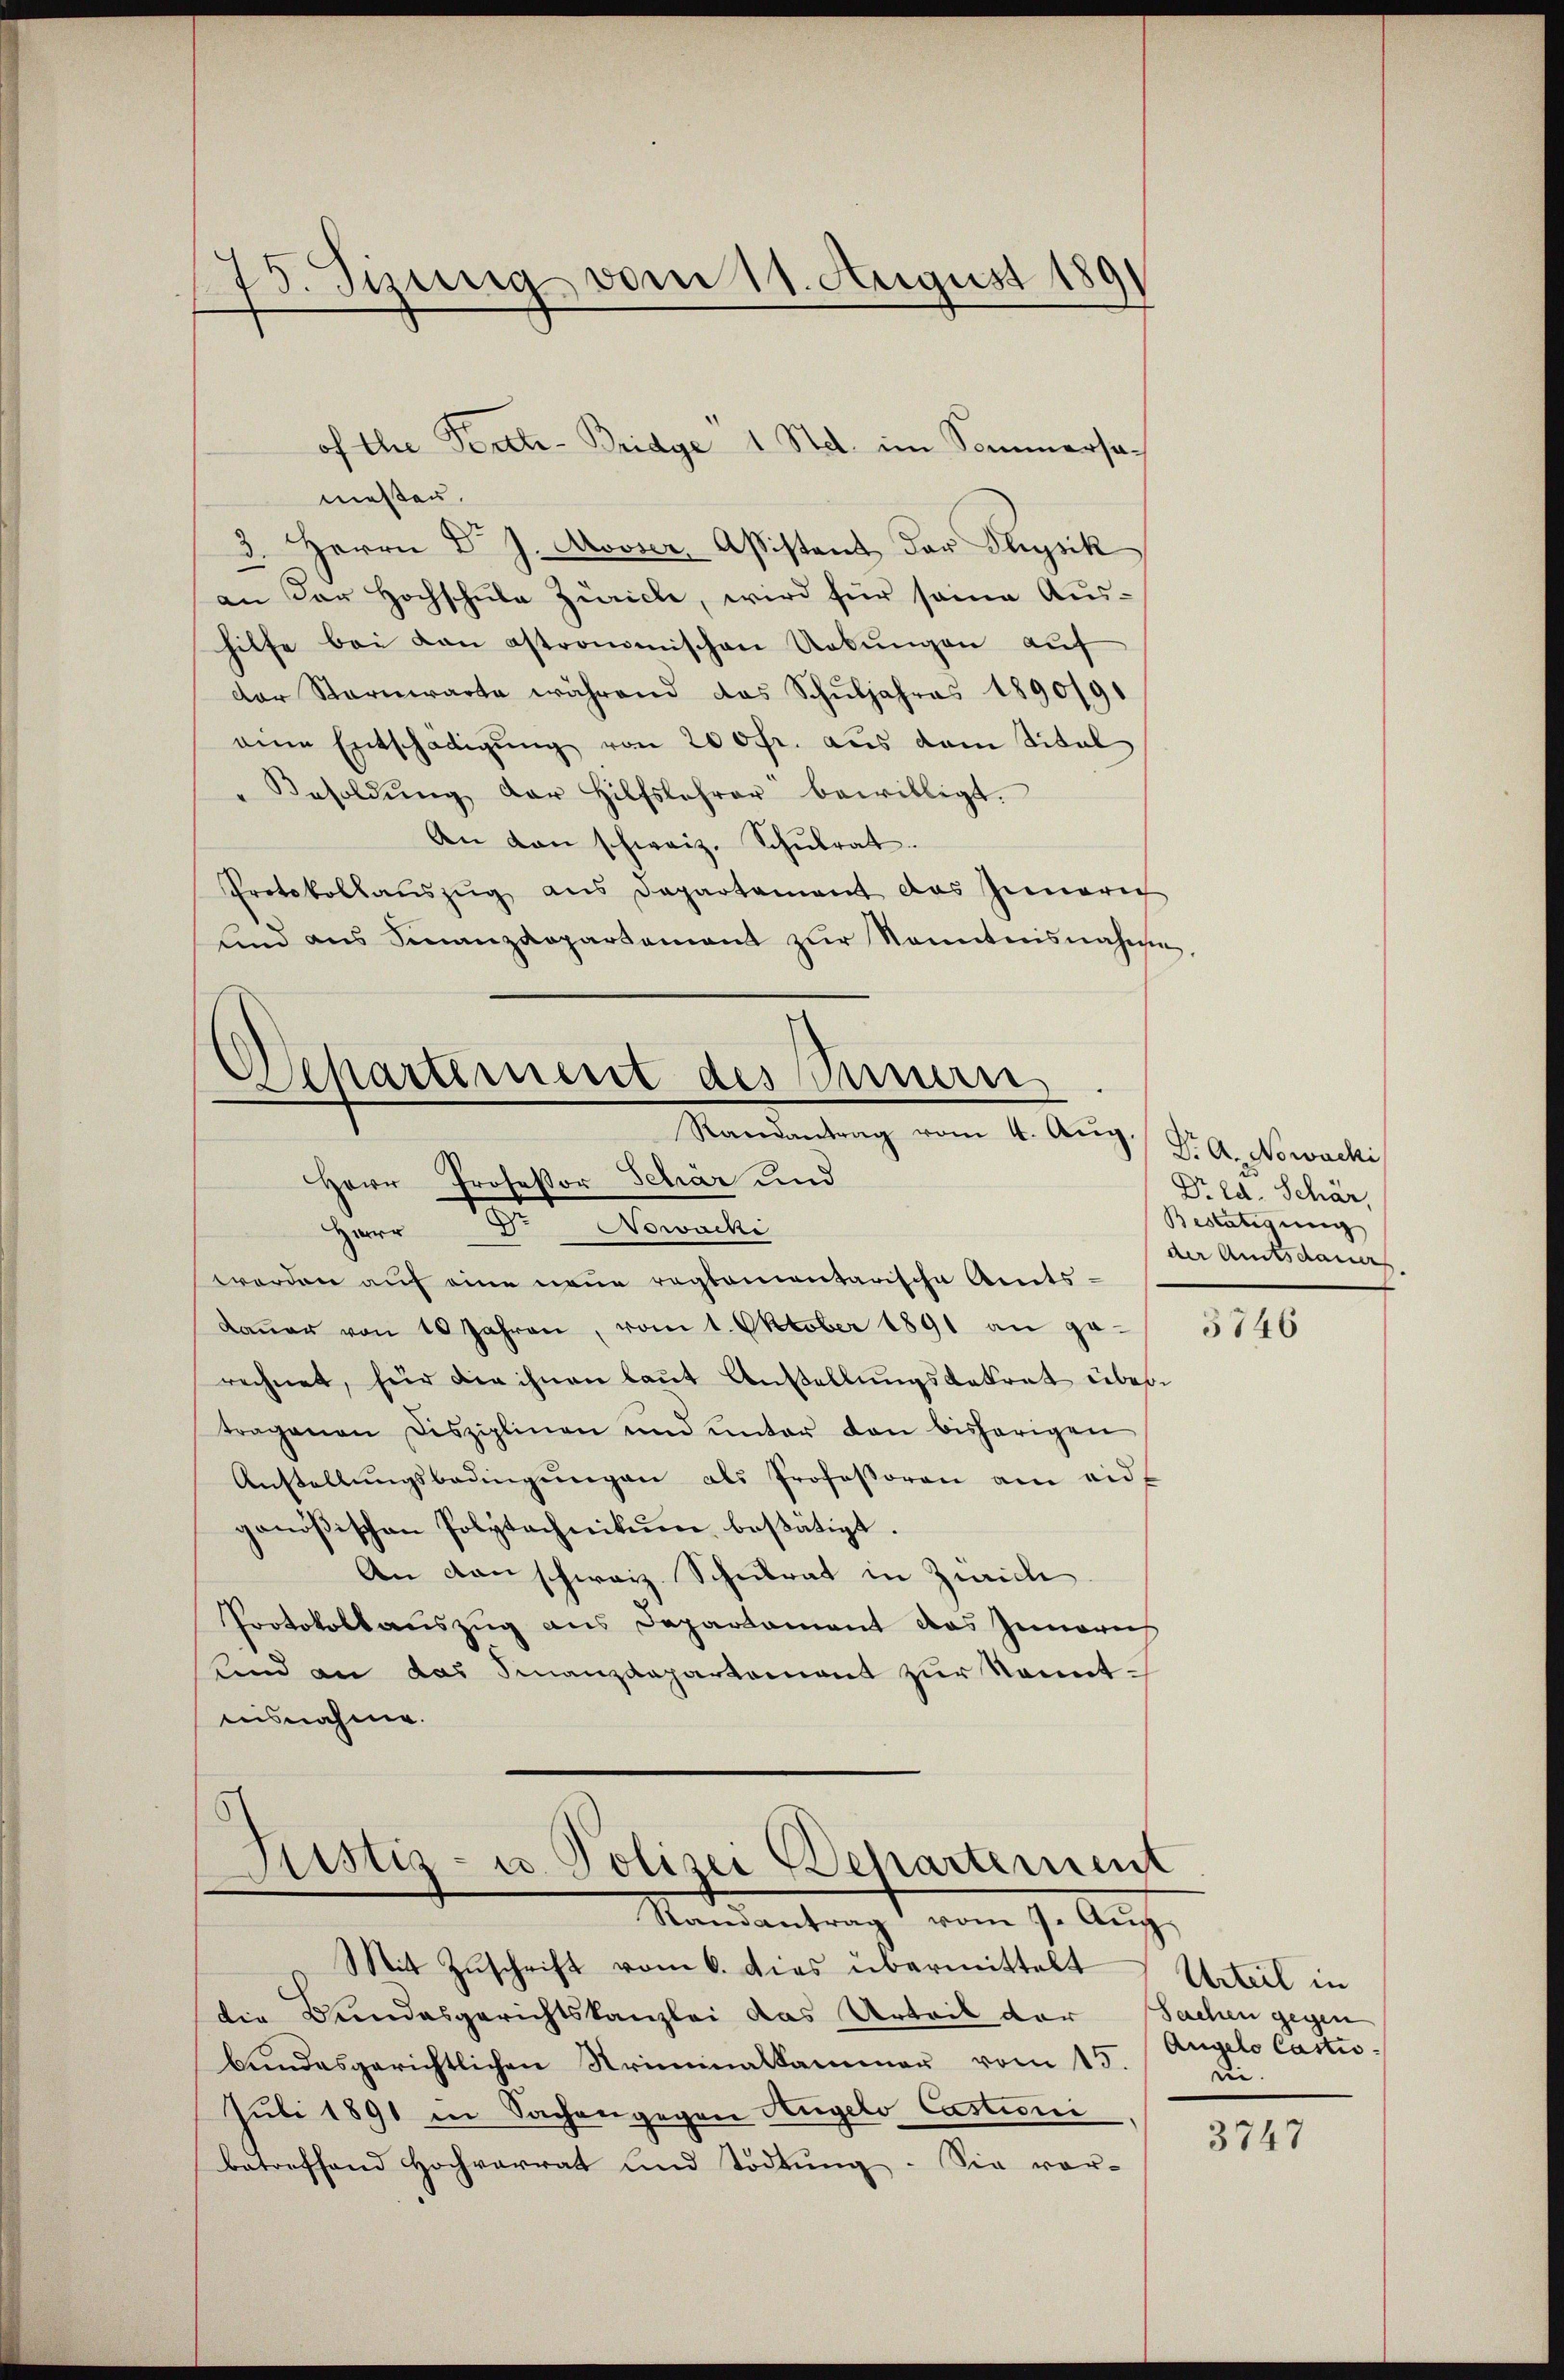
75. Jizung vom 11. August 181

messen.
3. Herrn Dr J. Mooser Aßistent der Physik
an der Hochschule Zürich, wird für seine Aushilfe bei von astronomischen Uebŭngen auf
der Sternwarte während das Schuljahres 1890191
eine Entschädigŭng von 200 fr. aus dem Titel
"Besoldŭng der Hilfslehrer bewilligt.
An den schweiz. Schŭlrat.
Protokollauszug aus Departement das Gemarich
Lind aus Finanzdepartement zur Kenntnisnahmen,

of the Pertti-Bridge 1 Stdt. im Sommersa¬

Aepartiment des Innern
Randantrag vom 4. Aŭg.
Herr Professor Schär und
Herr D. Nowacki

ustiz- u. Polizei Departement
Randantrag vom 7. Aŭg.

Mit Zuschrift vom 6. dies übermittelt
die Bundesgerichtskanzlei das Urteil der Sachen gegen
bundesgerichtlichen Kriminalkammer vom 15.
Juli 1891 in Sachengegen Angelo Castioni
betreffend Hochvorrat und Tödtung. Sie vor-

werden auf eine neue reglementarische Amts¬
Daŭer von 10 Jahren, vom 1. Oktober 1891 an ge-
rechnet, für die ihnen laŭt Anstellungsbatrat über
tragenen Disziplinen und unter den bisherigen
Anstellŭngsbedingŭngen als Professoren am eid
genößischen Polytechnikum besätigt.
An den schweiz. Schulrat in Zürich
Protokollauszug aus Departament das Innerei
unnd an das Finanzdepartement zur Kenntnisnahme.

Dr. A. Nowachi
Dr ed. Schär,
Bestätigung
der Amtsdauers

3746

Urteil in
Angelo Castis
ui.

3747